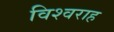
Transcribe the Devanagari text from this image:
विश्वराह